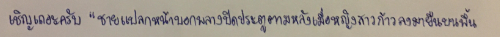
เชิญเถอะครับ"ชายแปลกหน้าบอกพลางปิดประตูตามหลังเมื่อหญิงสาวก้าวลงมายืนบนพื้น